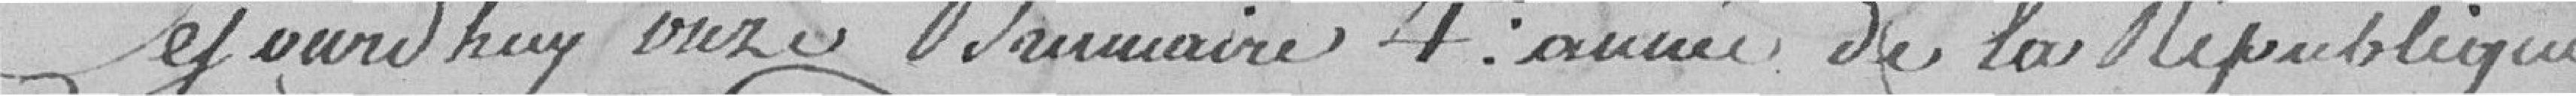
Ce jourd'hui onze brumaire 4è année de la république